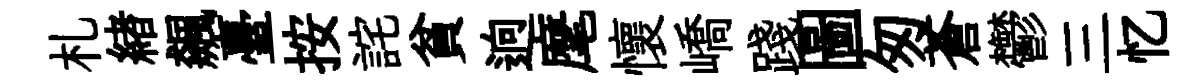
札緖飆臺按詫貧逈麾懷嶠踐圖匆蒼鬱三忆